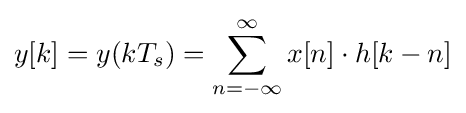
y[k]=y(kT_{s})=\sum _{n=-\infty }^{\infty }x[n]\cdot h[k-n]